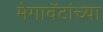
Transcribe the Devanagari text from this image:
मेगावॅटांच्या